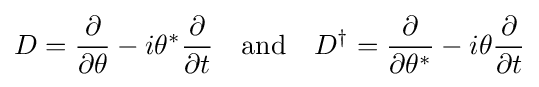
D={\frac {\partial }{\partial \theta }}-i\theta ^{*}{\frac {\partial }{\partial t}}\quad {\text{and}}\quad D^{\dagger }={\frac {\partial }{\partial \theta ^{*}}}-i\theta {\frac {\partial }{\partial t}}